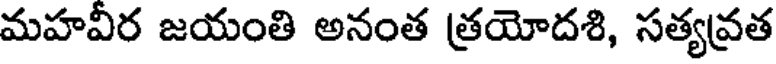
మహవీర జయంతి అనంత త్రయోదశి, సత్యవ్రత